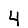
Digit: 4